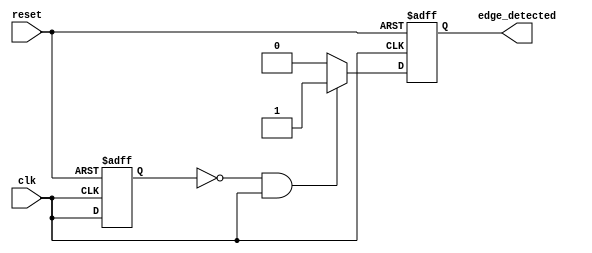
module rising_edge_detector (
    input wire clk,           // Input clock signal
    input wire reset,         // Asynchronous reset signal
    output reg edge_detected   // Output signal indicating a rising edge has been detected
);

    reg prev_state;           // Register to hold the previous state of the input signal

    // Always block triggered on the rising edge of the clock 
    always @(posedge clk or posedge reset) begin
        if (reset) begin
            prev_state <= 1'b0;        // Reset previous state to 0
            edge_detected <= 1'b0;     // Reset edge_detected output to 0
        end else begin
            // Rising edge detection logic
            if (prev_state == 1'b0 && clk == 1'b1) begin
                edge_detected <= 1'b1;   // Rising edge detected
            end else begin
                edge_detected <= 1'b0;   // No rising edge detected
            end
            
            prev_state <= clk;           // Update previous state with current clk
        end
    end

endmodule